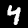
Label: 4